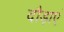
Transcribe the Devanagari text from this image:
दौड़ाएं